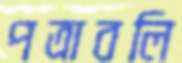
পত্রাবলি